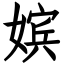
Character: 嫔